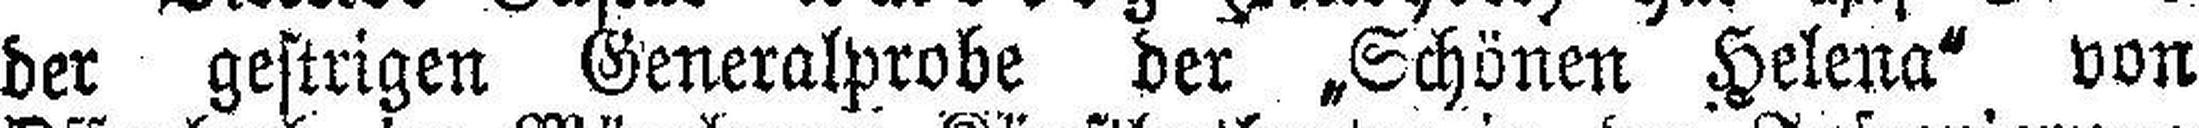
der gestrigen Generalprobe der „Schönen Helena" von